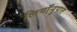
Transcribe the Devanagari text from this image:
लिगाँनुपात